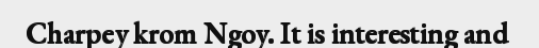
Charpey krom Ngoy. It is interesting and